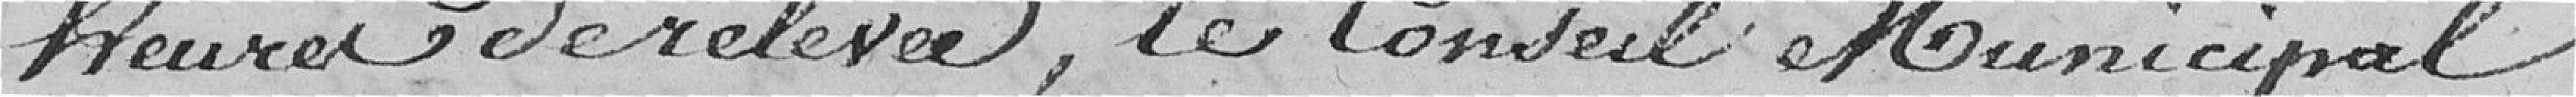
heures de relevée, le Conseil Municipal